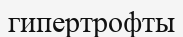
гипертрофты